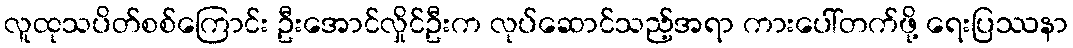
လူထုသပိတ်စစ်ကြောင်း ဦးအောင်လှိုင်ဦးက လုပ်ဆောင်သည့်အရာ ကားပေါ်တက်ဖို့ ရေးပြဿနာ